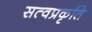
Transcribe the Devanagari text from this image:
सत्वप्रकृति